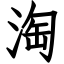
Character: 淘